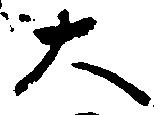
大